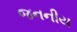
જનનીય